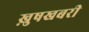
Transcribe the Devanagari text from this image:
ख़ुषखबरी